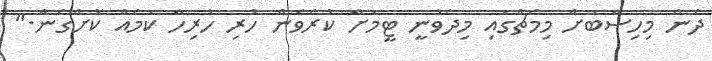
ދެން މިހިސާބަށް މިމެޗްގައި މިދެވުނީ ޓީމަށް ކުރެވެން ހުރި ހުރިހާ ކަމެއް ކޮށްގެން."